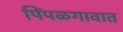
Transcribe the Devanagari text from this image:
पिंपळगावात